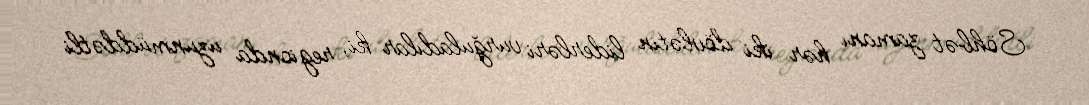
Söhbət zamanı hər iki dövlətin liderləri vurğuladılar ki, regionda uzunmüddətli